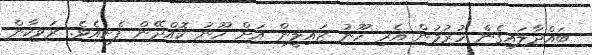
ބައްދާލައިގެން ހުރުމުން އެރި ހޫނު ޒައިލީން އަށް ހޫނު ކޮއްދޭން ފެށިއެވެ. ރަވިކާން